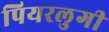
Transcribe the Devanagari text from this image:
पियरलुगी